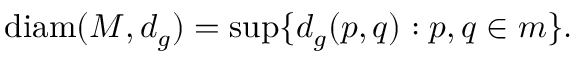
\operatorname { d i a m } ( M , d _ { g } ) = \operatorname* { s u p } \{ d _ { g } ( p , q ) : p , q \in m \} .